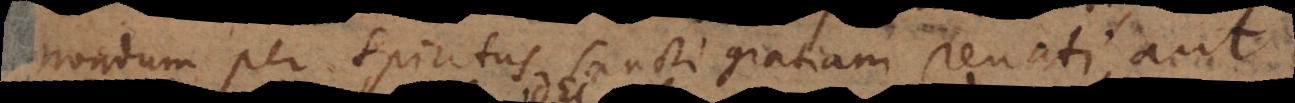
ndum per Spiritus Sancti gratiam renati, aut